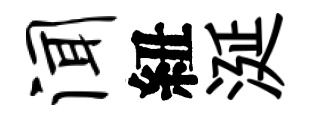
闻紐涎